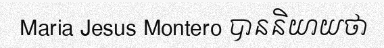
Maria Jesus Montero បាននិយាយថា